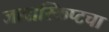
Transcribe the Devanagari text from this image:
जावास्क्रिप्टचा